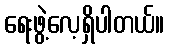
ရေးဖွဲ့လေ့ရှိပါတယ်။